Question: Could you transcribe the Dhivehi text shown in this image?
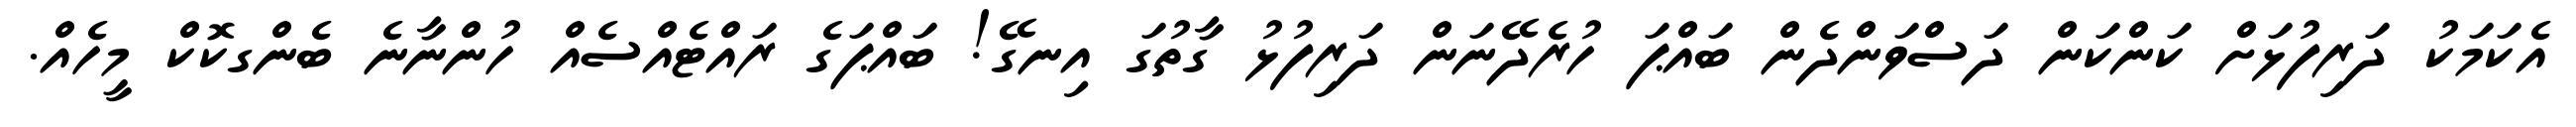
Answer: އެކަމަކު ދަރިފުޅަށް ކަންކަން ދަސްވަންދެން ބައްޕަ ހުރެދޭނަން ދަރިފުޅު ގާތުގަ އިނގޭ! ބައްޕަގެ ރައްޓެއްސެއް ހުންނާނެ ބެންގކޮކް މީހެއް.